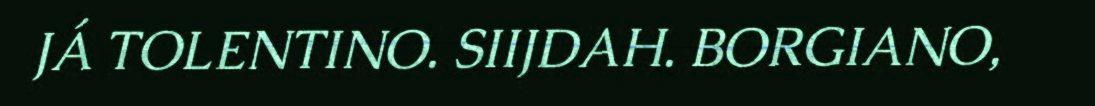
JÁ TOLENTINO. SIIJDAH. BORGIANO,